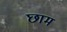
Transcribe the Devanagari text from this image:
छाम